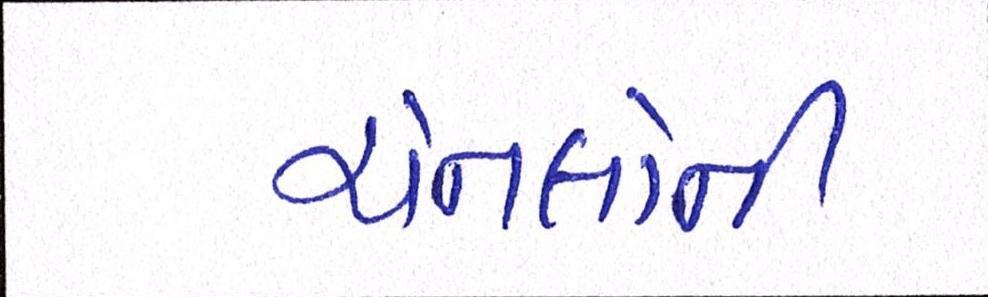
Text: ચેનલોની